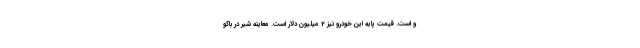
و است. قیمت پایه این خودرو نیز 2 میلیون دلار است. معاینه شیر در باکو